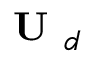
\textbf { U } _ { d }